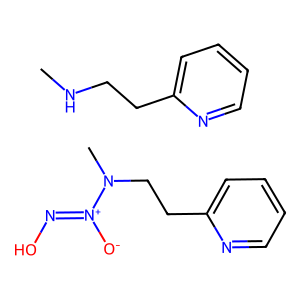
SMILES: CN(CCc1ccccn1)[N+]([O-])=NO.CNCCc1ccccn1
Inhibits HIV replication: No